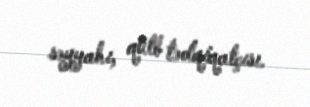
səyyahı, qütb tədqiqatçısı.